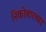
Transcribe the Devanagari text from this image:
निकोबारच्या